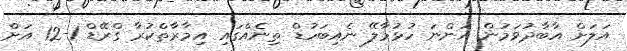
އަލަށް އާބާދުވަމުން އަންނަ ހުޅުމާލޭ ނެއިބަހުޑް ތިނެއްގައި އިމާރާތްކުރާ ގްރޭޑް 1-12 އަށް